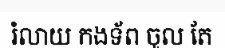
រំលាយ កងទ័ព ចូល តែ